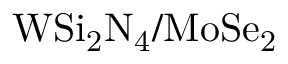
\mathrm { W S i _ { 2 } N _ { 4 } / M o S e _ { 2 } }